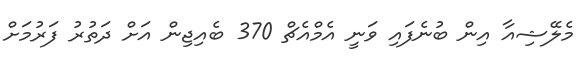
މެލޭޝިއާ އިން ބުނެފައިި ވަނީ އެމްއެޗް 370 ބެއިޖިން އަށް ދަތުރު ފަރުމަށް